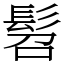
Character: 髫